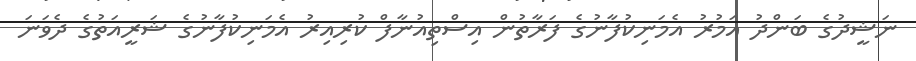
ނަޝީދުގެ ބަންދު އަމުރު އެމަނިކުފާނުގެ ފަރާތުން އިސްތިއުނާފް ކުރިއިރު އެމަނިކުފާނުގެ ޝަރީއަތުގެ ދެވަނަ